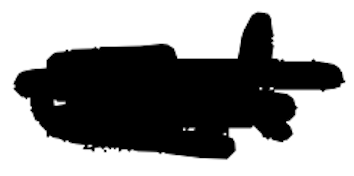
Text: and
Cross-out: scratch
Writing tool: digital_black